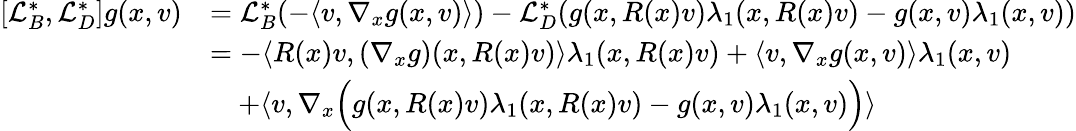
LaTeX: \begin{array}{rl}{[\mathcal{L}_{B}^{*},\mathcal{L}_{D}^{*}]g(x,v)}&{=\mathcal{L}_{B}^{*}(-\langle v,\nabla_{x}g(x,v)\rangle)-\mathcal{L}_{D}^{*}(g(x,R(x)v)\lambda_{1}(x,R(x)v)-g(x,v)\lambda_{1}(x,v))}\\ &{=-\langle R(x)v,(\nabla_{x}g)(x,R(x)v)\rangle\lambda_{1}(x,R(x)v)+\langle v,\nabla_{x}g(x,v)\rangle\lambda_{1}(x,v)}\\ &{\quad+\langle v,\nabla_{x}\Big(g(x,R(x)v)\lambda_{1}(x,R(x)v)-g(x,v)\lambda_{1}(x,v)\Big)\rangle}\end{array}